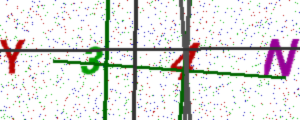
Text: Y34N